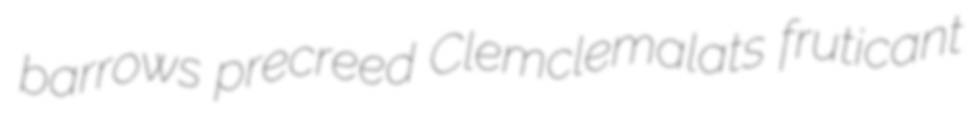
barrows precreed Clemclemalats fruticant